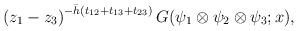
LaTeX: \begin{align*}\left( z_{1} - z_{3} \right) ^{- \bar{h} ( t_{12} + t_{13} + t_{23})}G(\psi_{1}\otimes\psi_{2}\otimes\psi_{3};x),\end{align*}